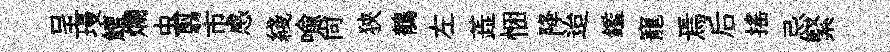
呈墁鱣爛虫翦市感綫喩尙狹鶺左蕋悃降迨鑑寵焉后摇忌緊